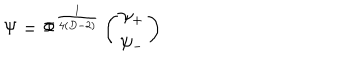
LaTeX: \Psi = \Phi ^ { \frac { 1 } { 4 ( D - 2 ) } } \left( \begin{array} { c } { { \psi _ { + } } } \\ { { \psi _ { - } } } \\ \end{array} \right)